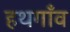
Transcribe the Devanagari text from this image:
हथगाँव